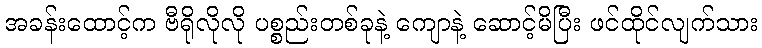
အခန်းထောင့်က ဗီရိုလိုလို ပစ္စည်းတစ်ခုနဲ့ ကျောနဲ့ ဆောင့်မိပြီး ဖင်ထိုင်လျက်သား